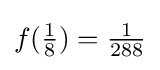
f({\tfrac {1}{8}})={\tfrac {1}{288}}